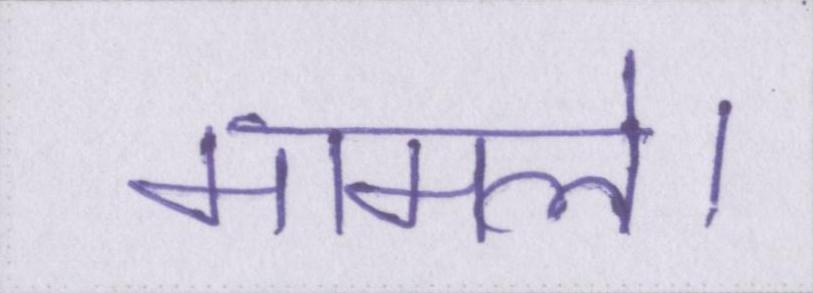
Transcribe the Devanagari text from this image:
मामले।